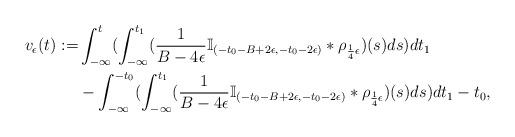
LaTeX: \begin{align*}v_\epsilon(t):=&\int_{-\infty}^{t}(\int_{-\infty}^{t_1}(\frac{1}{B-4\epsilon}\mathbb{I}_{(-t_0-B+2\epsilon,-t_0-2\epsilon)}*\rho_{\frac{1}{4}\epsilon})(s)ds)dt_1\\&-\int_{-\infty}^{-t_0}(\int_{-\infty}^{t_1}(\frac{1}{B-4\epsilon}\mathbb{I}_{(-t_0-B+2\epsilon,-t_0-2\epsilon)}*\rho_{\frac{1}{4}\epsilon})(s)ds)dt_1-t_0,\end{align*}